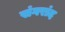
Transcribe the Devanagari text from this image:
संगरांद